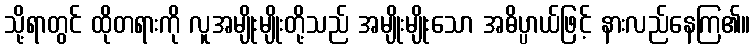
သို့ရာတွင် ထိုတရားကို လူအမျိုးမျိုးတို့သည် အမျိုးမျိုးသော အဓိပ္ပာယ်ဖြင့် နားလည်နေကြ၏။